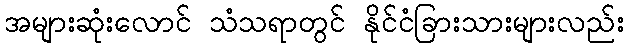
အများဆုံးလောင် သံသရာတွင် နိုင်ငံခြားသားများလည်း